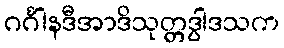
ဂင်္ဂါနဒီအာဒိသုတ္တဒွါဒသက